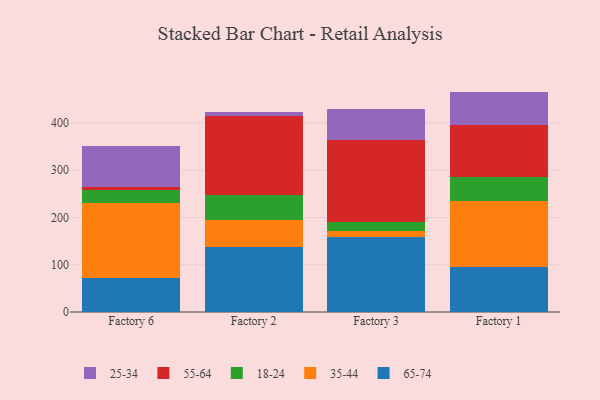
{"axis": {"x": "Factory", "y": "Bounce Rate (%)"}, "legend": ["18-24", "25-34", "35-44", "55-64", "65-74"], "data": [{"x": "Factory 6", "y": 72.5, "type": "65-74"}, {"x": "Factory 6", "y": 158.3, "type": "35-44"}, {"x": "Factory 6", "y": 26.9, "type": "18-24"}, {"x": "Factory 6", "y": 7.5, "type": "55-64"}, {"x": "Factory 6", "y": 86.3, "type": "25-34"}, {"x": "Factory 2", "y": 137.7, "type": "65-74"}, {"x": "Factory 2", "y": 57.6, "type": "35-44"}, {"x": "Factory 2", "y": 52.8, "type": "18-24"}, {"x": "Factory 2", "y": 166.7, "type": "55-64"}, {"x": "Factory 2", "y": 9.4, "type": "25-34"}, {"x": "Factory 3", "y": 159.1, "type": "65-74"}, {"x": "Factory 3", "y": 13.4, "type": "35-44"}, {"x": "Factory 3", "y": 17.7, "type": "18-24"}, {"x": "Factory 3", "y": 174.6, "type": "55-64"}, {"x": "Factory 3", "y": 64.3, "type": "25-34"}, {"x": "Factory 1", "y": 96.1, "type": "65-74"}, {"x": "Factory 1", "y": 138.7, "type": "35-44"}, {"x": "Factory 1", "y": 50.9, "type": "18-24"}, {"x": "Factory 1", "y": 111.0, "type": "55-64"}, {"x": "Factory 1", "y": 69.8, "type": "25-34"}]}